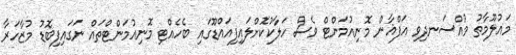
މައުލޫމާތު މުއްސަނދިވި އަފްޣާން މޮނިއުމަންޓް ވެސް ހަލާކުކޮށްލައިފިއައްޑޫގައި ބެހެއްޓި މޮނިއުމަންޓްތައް ނަގައިފިބޮޑު މުޒާހަރާ